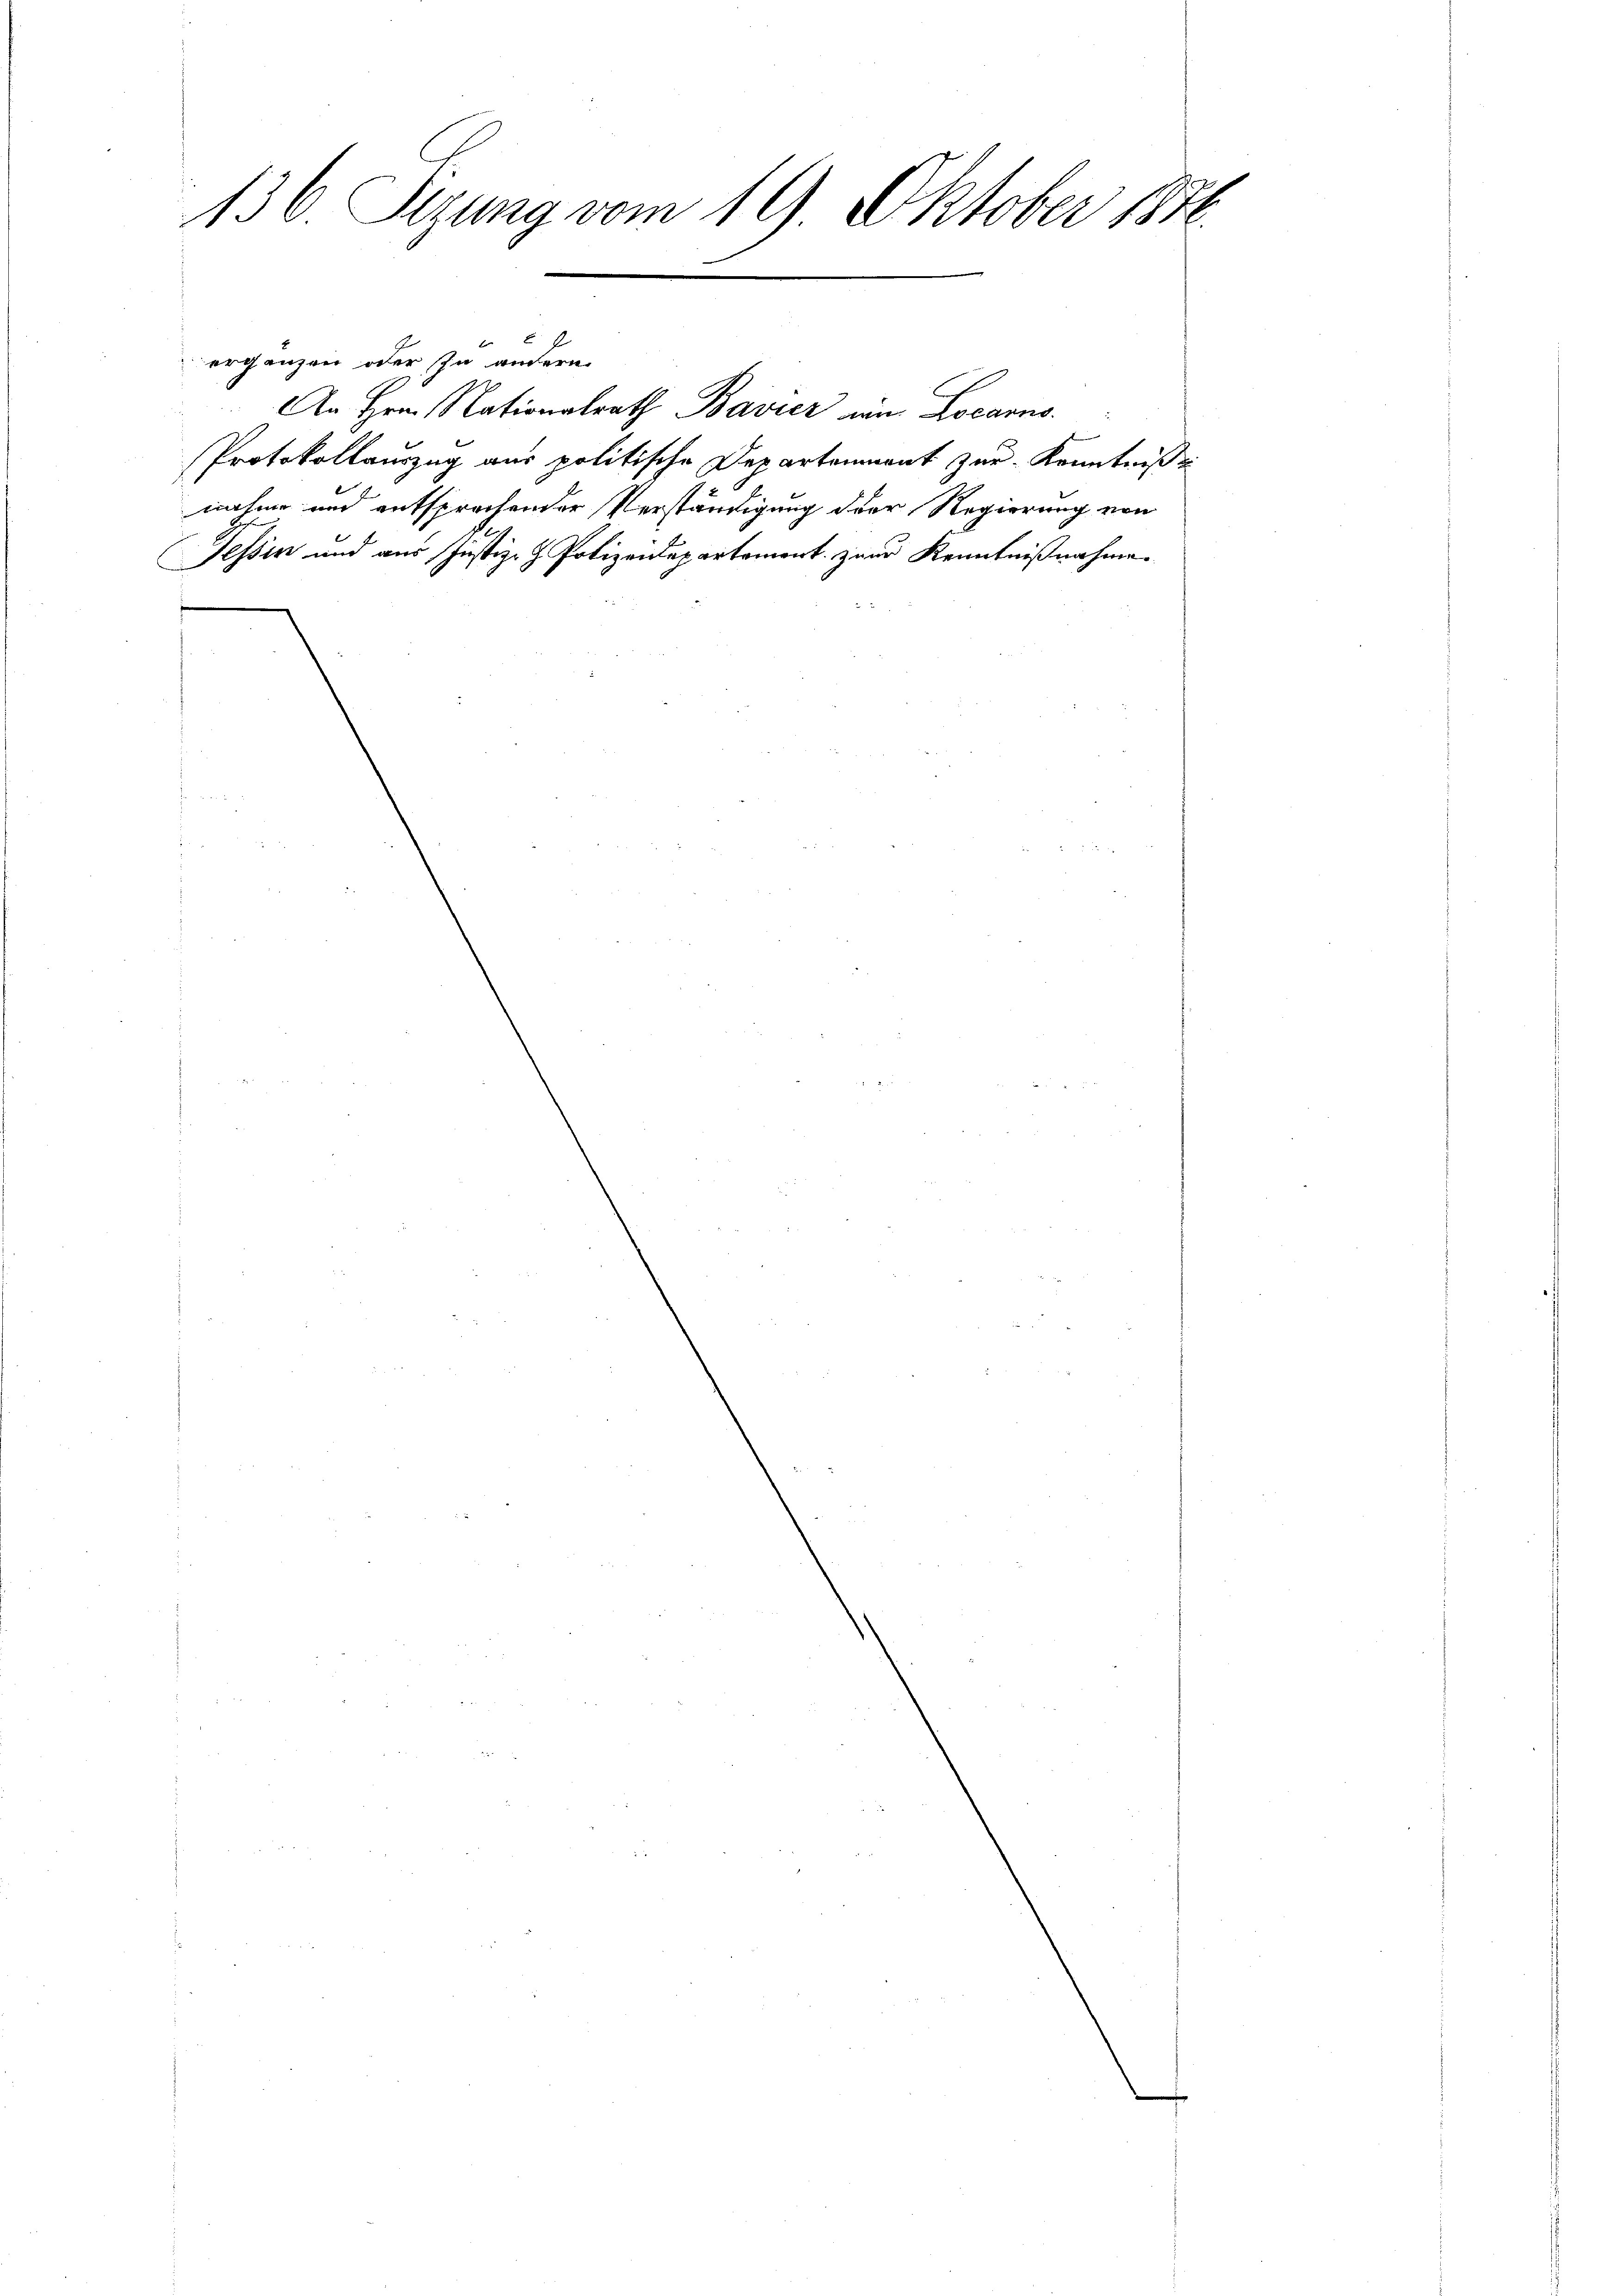
136 Sizung vom 19 Oktober 1890.

ergänzen oder in andern
An Hrn. Nationalrath Bavier am Locarno.
Protokollauszug aus politische Departenmant zur Kenntniß ei
nahme und entsprochender Verständigung der Regierung von
Tessin und aus Justiz- & Polizeidepartement zur Kenntnißnahme
f